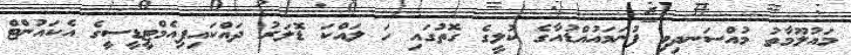
މައުލޫމާތު މުއްސަނދިވި ފުނަމައުއްޑުއާގެ ކުލީގެ ގޮތުގައި ހަ ލައްކަ ޑޮލަރު ދައްކައިފިއެމްޓީޑީސީގެ އެކައުންޓް